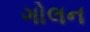
ગોલન